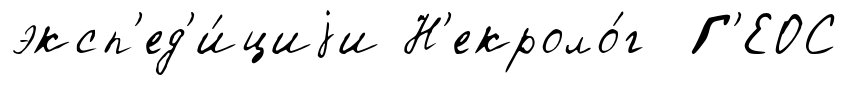
эксп'ед'и́циjи Н'екроло́г Г'ЕОС